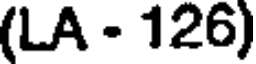
(LA - 126)